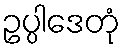
ဥပ္ပါဒေတုံ